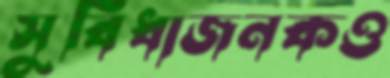
সুবিধাজনকও